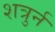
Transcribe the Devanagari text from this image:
शत्रुर्न